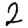
Digit: 2